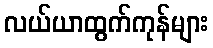
လယ်ယာထွက်ကုန်များ